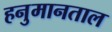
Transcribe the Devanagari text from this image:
हनुमानताल